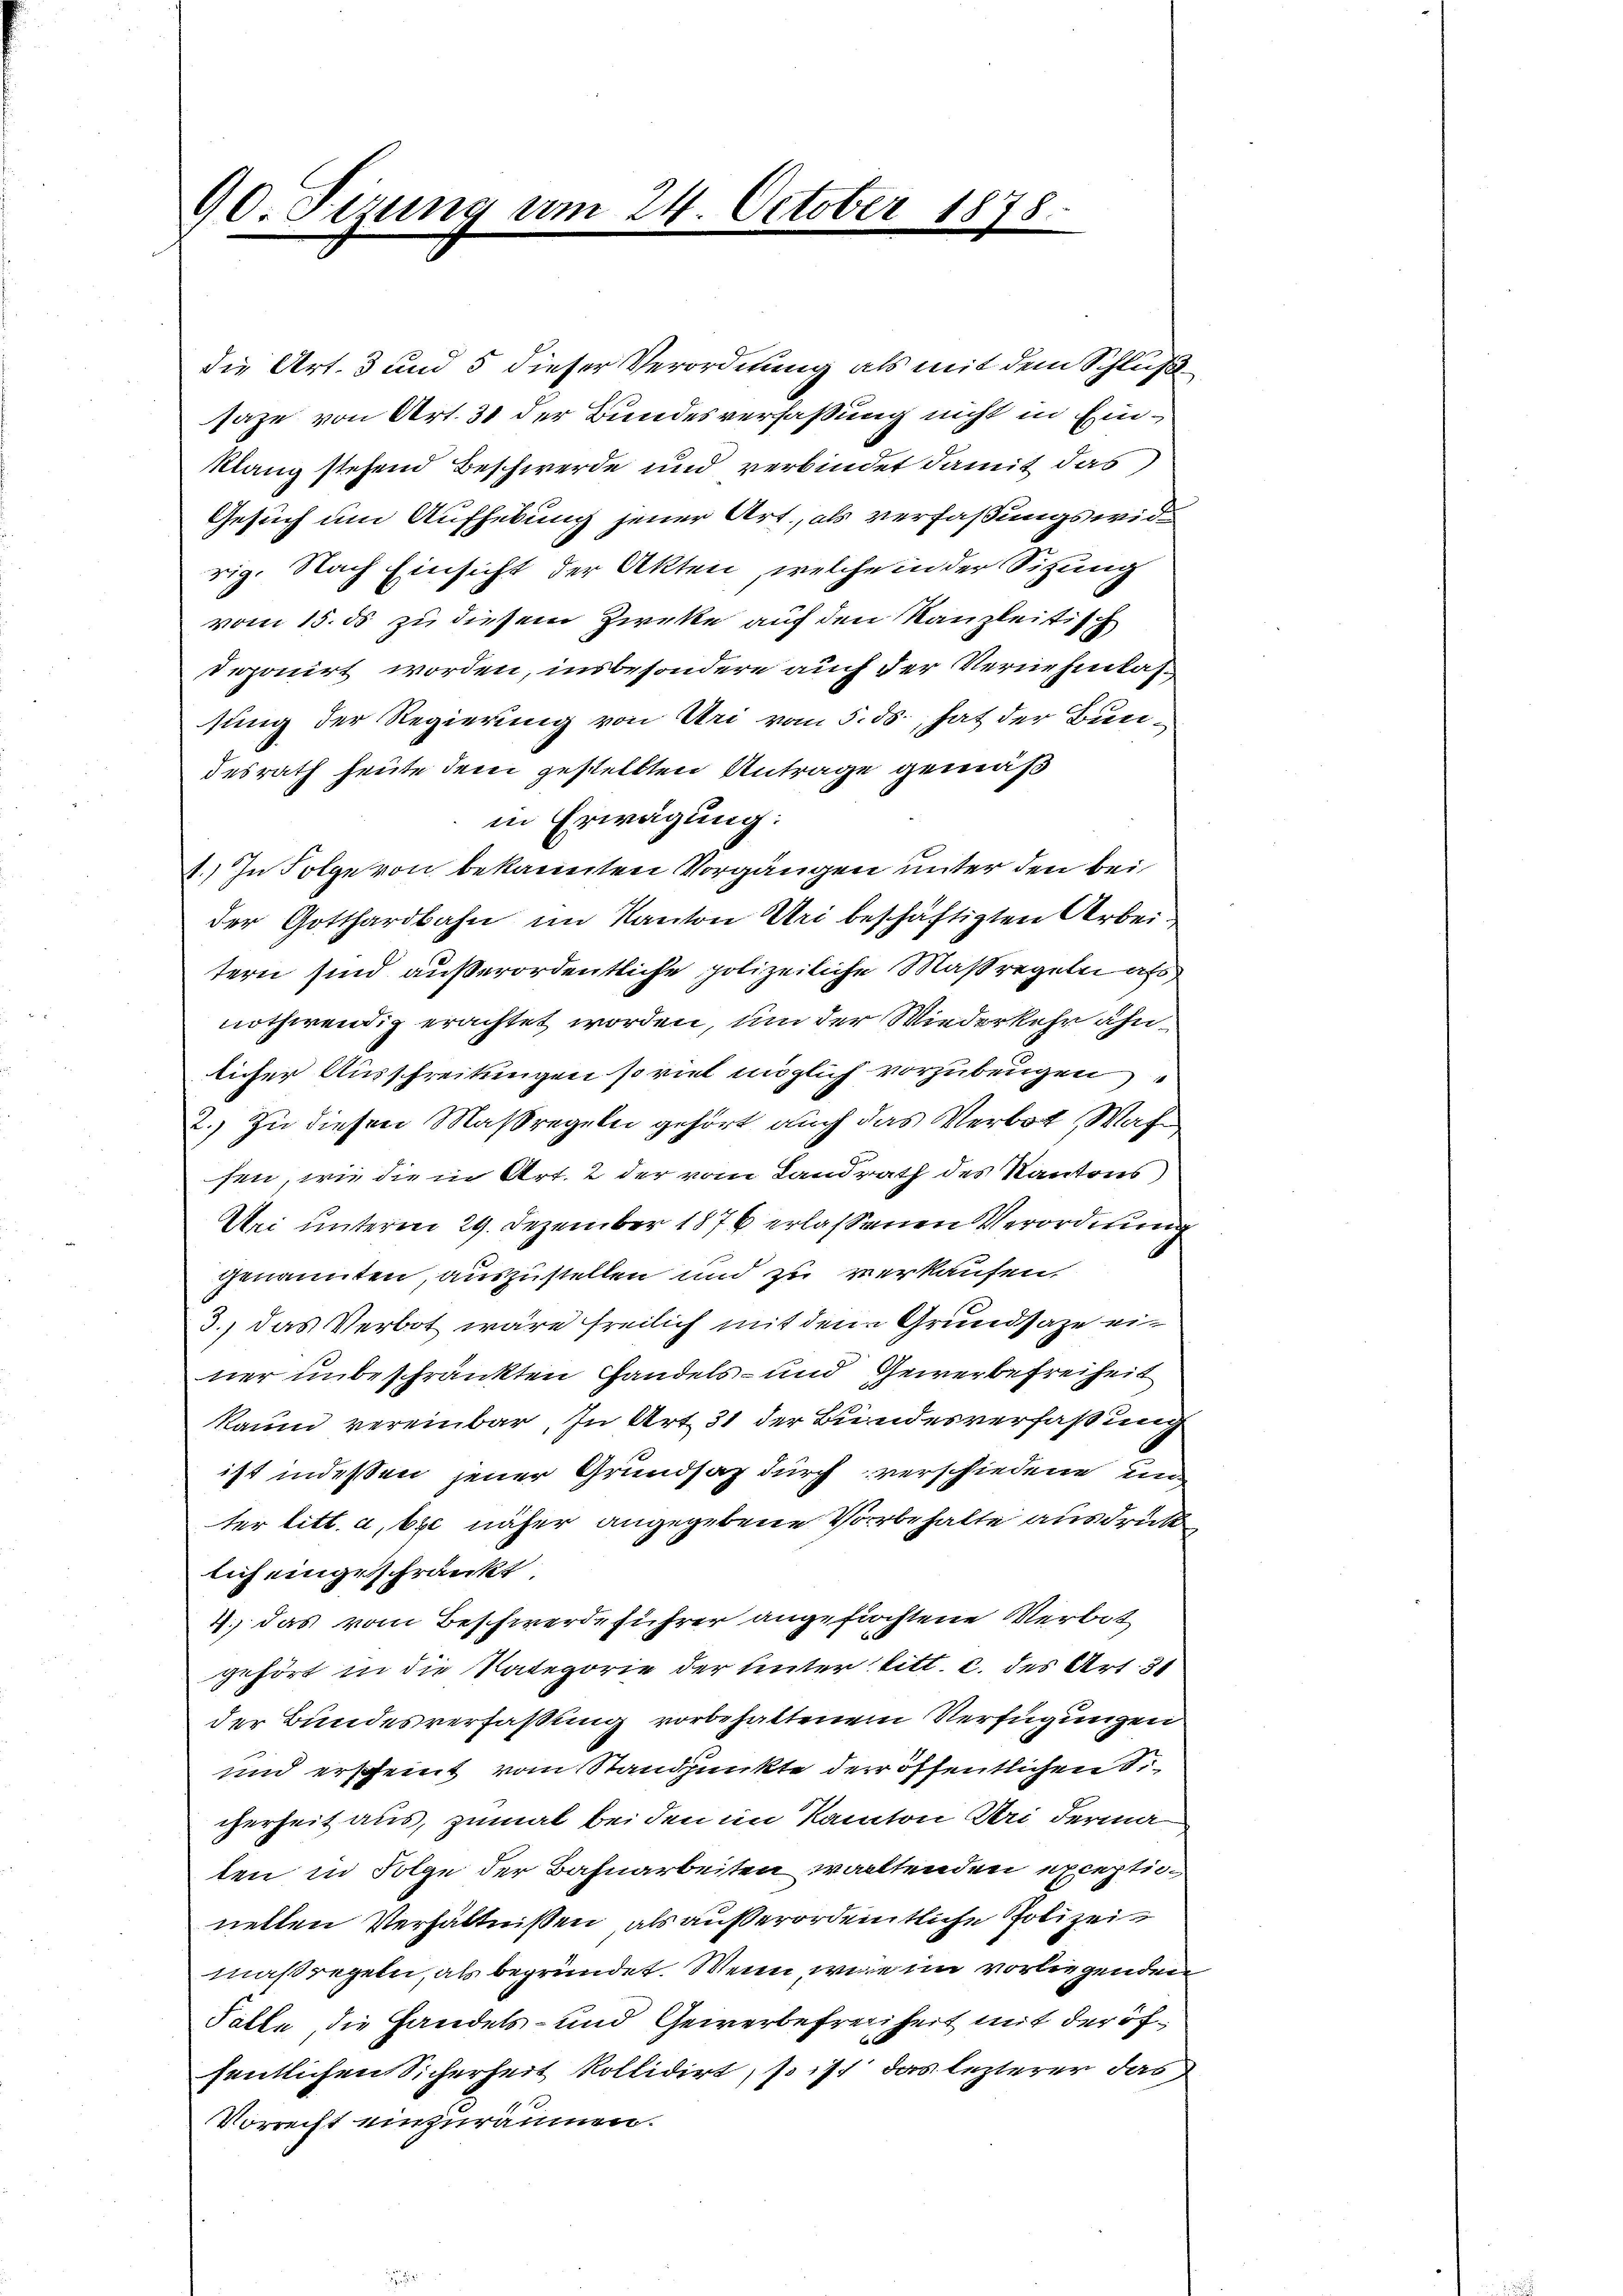
90. Sizung am 24. October 1878.

die Art. 3 und 5 dieser Verordnung als mit dem Schluß
saze von Art. 31 der Bundesverfaßung nicht in Ein¬
Klang stehend Beschwerde und verbindet damit das
Gesuch um Aufhebung jener Art., als verfaßungswidrig. Nach Einsicht der Akten, welche in der Sitzung
vom 15. ds zu diesem Zirke auf den Kanzleitig
deponirt worden, insbesondere auch der Vernehmlassung der Regierung von Uri vom 5. ds., hat der Bundesrath heute dem gestellten Antrage gemäß
in Erwägung:
1.) In Folge von bekannten Vorgängen unter den bei
der Gotthardbahn im Kanton Uri beschäftigten Arbeitern sind außerordentliche polizeiliche Massregeln als
nothwendig erachtet worden, um der Wiederkehr ähnlicher Ausschreitungen so viel möglich vorzubeugen
2.) Zu diesen Maßregeln gehört auch das Verbot (Wahn
sen, wie die in Art. 2 der vom Landrath des Kantons
Uri unterm 29. Dezember 1876 erlassenen Verordnung
genannten, auszustellen und zu verkaufen.
3., das Verbot wäre freilich mit dem Grundsaze einer unbeschränkten Handels- und Gewerbefreiheit
kaum vereinbar, In Art 31 der Bundesverfaßung
ist indeßen jener Grundsaz durch verschiedene un-
ter litt. a, bei näher angegebene Vorbehalte ausdrük
lich eingeschränkt
4. das vom Beschwerdeführer angefochtene Verbit
gehört in die Kategorie der Unter titt. c. des Art. 31
der Bundesverfaßung vorbehaltenem Verfügungen
und erscheint vom Standpunkte der öffentlichen d.
cherheit aus, zumal bei den im Kanton Sei derma
ten in Folge der Bahnarbeiten wolltenden exceptienetten Verhältnissen, als außerordentliche Polizeimaßregeln, als begründet. Wenn wie im vorliegenden
Falle die Handels- und Gewerbefreiheit mit der öfsentlichen Sicherheit kollidirt, so ist das lezterer das
Vorrecht einzuräumen.